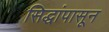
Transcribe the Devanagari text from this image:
सिद्धांपासून